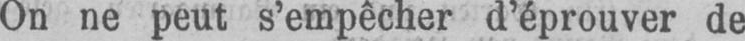
On ne peut s’empêcher d’éprouver de